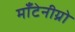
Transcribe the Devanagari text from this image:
माँटेनीग्रो